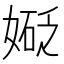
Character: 𫱑